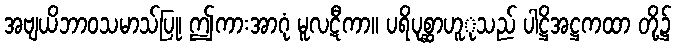
အဗျယိဘာဝသမာသ်ပြု၊ ဤကားအာဂုံ မူလဋီကာ။ ပရိပုစ္ဆာဟူုသည် ပါဋ္ဌိအဋ္ဌကထာ တို့၌